Vaccination in the Punjab 1919-1929 - 1919-1929
Year: 1919
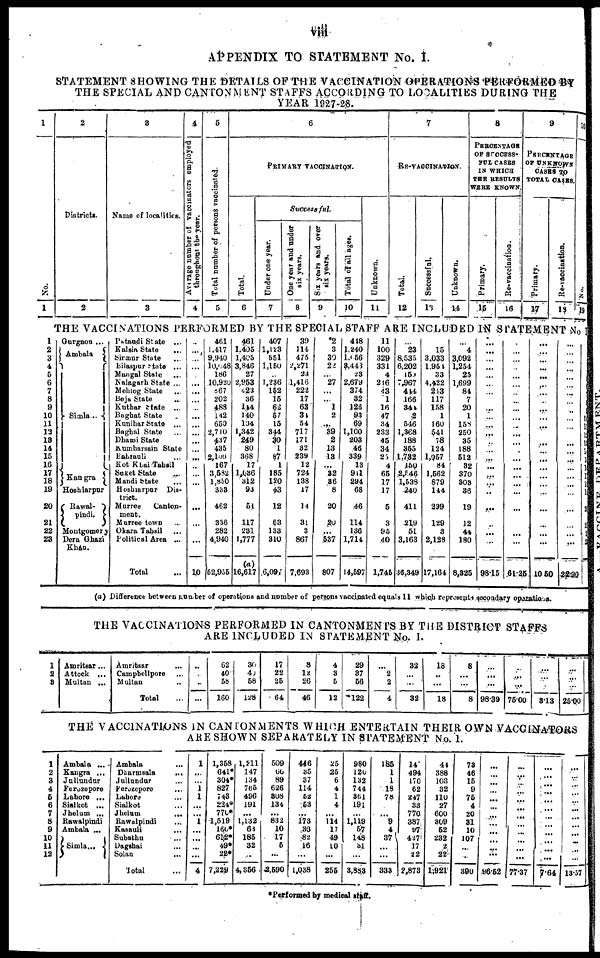
viii
APPENDIX TO STATEMENT No. I.
STATEMENT SHOWING THE DETAILS OF THE VACCINATION OPERATIONS PERFORMED BY
THE SPECIAL AND CANTONMENT STAFFS ACCORDING TO LOCALITIES DURING THE
YEAR 1927-28.
1
No.
1
2
Districts.
2
3
Name of localities.
3
4
Average number of vaccinators employed
throughout the year.
4
5
Total number of persons vaccinated.
5
6
PRIMARY VACCINATION.
Total.
6
Successful.
Under one year.
7
One year and under
six years.
8
Six years and over
six years.
9
Total of all ages.
10
Unknown.
11
7
RE-VACCINATION.
Total.
12
Successful.
13
Unknown.
14
8
PERCENTAGE
OF SUCCESS¬
FUL CASES
IN WHICH
THE RESULTS
WERE KNOWN
Primary.
15
Re-vaccination.
16
9
PERCENTAGE
OF UNKNOWN
CASES TO
TOTAL CASES
Primary.
17
Re-vaccination.
18
10
No.
19
THE VACCINATIONS PERFORMED BY THE SPECIAL STAFF ARE INCLUDED IN STATEMENT No I
1
2
3
4
5
6
7
8
9
10
11
12
13
14
15
16
17
18
19
20
21
22
23
Gurgaon ...
Ambala
Simla...
Kangra
Hoshiarpur
Rawal¬
pindi.
Montgomery
Dera Ghazi
Khan.
Pstaudi State ...
Kalsin State ...
Sirmur State ...
Bilaspur State ...
Mangal State
...
Nalagarh State ...
Mehlog State
...
Beja State ...
Kuthar State ...
Baghat State
Kunihar State ...
Baghal Slate ...
Dhami State
Kumharsain State
Bahrauli ...
Kot Ktai Tahsil
Suket State ...
Mandi State ...
Hoshiarpur Dis-
trict.
Murree
Canton-
ment.
Murree town ...
Okara Tahsil
...
Political Area ...
Total ...
...
...
...
...
...
. ..
...
...
...
...
...
...
...
...
...
...
...
...
...
...
...
...
10
461
1,417
9,940
10,048
186
10,920
867
202
488
142
650
2,710
437
435
2,100
167
3,582
1,850
333
462
336
282
4,940
52,955
461
1,405
1,405
3,846
27
2,953
423
36
144
140
104
1,342
249
80
368
17
l,036
312
93
51
117
231
1,777
16,617
407
1,123
551
1,150
...
1,236
152
15
62
57
15
344
30
1
87
1
185
120
43
12
63
133
310
6,097
39
114
475
2,271
23
1,416
222
17
63
31
54
717
171
32
239
12
724
138
17
14
31
3
867
7,693
2
3
30
22
...
27
. ..
...
1
2
...
39
2
13
13
...
32
36
8
20
20
...
537
807
448
1,240
l,056
3,443
23
2,679
374
32
128
93
69
1,100
203
46
339
13
941
294
68
46
114
136
1,714
14,597
11
100
329
331
4
2l6
43
1
16
47
34
233
45
34
25
4
65
17
17
5
3
95
40
1,745
...
23
8,535
6,202
159
7,967
444
166
344
2
546
1,368
188
355
1,732
150
2,546
1,538
240
411
219
51
3,163
36,349
...
15
3,033
1,954
33
4,422
243
117
158
1
160
541
78
124
1,057
84
1,562
879
144
299
129
3
2,128
17,164
...
4
3,092
1,254
25
1,699
84
7
20
1
158
250
35
188
512
32
370
303
36
19
12
44
180
8,825
...
...
...
...
...
...
...
...
...
...
...
...
...
...
...
...
...
...
...
...
...
...
...
98.15
...
...
...
...
...
...
...
...
...
...
...
...
...
...
...
...
...
...
...
...
...
...
...
6l.25
...
...
...
...
...
...
...
...
...
...
...
...
...
...
...
...
...
...
...
...
...
...
...
10.50
...
...
...
...
...
...
...
...
...
...
...
...
...
...
...
...
...
...
...
...
...
...
22.90
1
2
3
4
5
6
7
8
9
10
11
12
13
14
15
16
17
18
19
20
21
22
23
(a) Difference between number of operations and number of persons vaccinated equals 11 which represents secondary operations.
THE VACCINATIONS PERFORMED IN CANTONMENTS BY THE DISTRICT STAFFS
ARE INCLUDED IN STATEMENT No. I.
1
2
8
Amritsar ...
Attock ...
Multan ...
Amritsar ...
Campbell pore ...
Multan ...
Total ...
...
...
...
...
62
40
58
160
30
40
58
128
17
22
25
64
8
12
26
46
4
3
5
12
29
37
56
122
...
2
2
4
32
...
...
32
18
...
...
18
8
...
...
8
...
...
...
98.39
...
...
...
75.00
...
...
...
3.13
...
...
...
25.00
THE VACClNATIONS IN CANTONMENTS WHICH ENTERTAIN THEIR OWN VACCINATORS
ARE SHOWN SEPARATELY IN STATEMENT No. 1.
1
2
3
4
5
6
7
8
9
10
11
12
Ambala ...
Kangra ...
Jallundur ...
Ferozepore
Lahore ...
Sialkot ...
Jhelum ...
Rawalpindi
Ambala ...
Simla...
Ambala ...
Dharmsala
...
Jullundur...
Ferozepore ...
Lahore ...
Sialkot ...
Jhelum
...
Rawalpindi ...
Kasauli ...
Subathu ...
Dagshai ...
Solan ...
Total ...
1
...
...
1
1
. ..
...
1
...
...
...
...
4
1,358
641*
304*
827
743
234*
770*
1,519
160*
612*
49*
22*
7,229
1,211
147
134
765
496
191
...
1,132
63
185
32
...
4,356
509
60
89
626
308
134
...
832
10
17
5
...
,2,590
446
35
37
114
52
53
...
173
30
82
16
...
1,038
25
25
6
4
1
4
...
114
17
49
10
...
255
980
120
132
744
361
191
...
1,119
57
148
51
...
3,883
185
1
1
18
78
...
...
9
4
37
...
...
333
14
494
170
62
247
33
770
387
97
427
17
22
2,873
44
388
103
32
110
27
600
309
52
232
2
22
1,921
73
46
15
9
75
4
20
31
10
107
...
...
390
...
...
...
...
...
...
...
...
...
...
...
...
96.52
...
...
...
...
...
...
...
...
...
...
...
...
77.37
...
...
...
...
...
...
...
...
...
...
...
...
7.64
...
...
...
...
...
...
...
...
...
...
...
...
13.57
*Performed by medical staff.